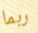
ربما